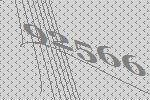
92566